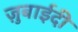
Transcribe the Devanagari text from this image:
ज़ुबाईदी